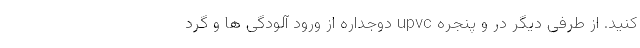
کنید. از طرفی دیگر در و پنجره upvc دوجداره از ورود آلودگی ها و گرد